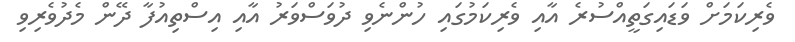
ވެރިކަމަށް ވަޑައިގަތީއްސުރެ އާއި ވެރިކަމުގައި ހުންނެވި ދުވަސްވަރު އާއި އިސްތިއުފާ ދޭން މެދުވެރިވި